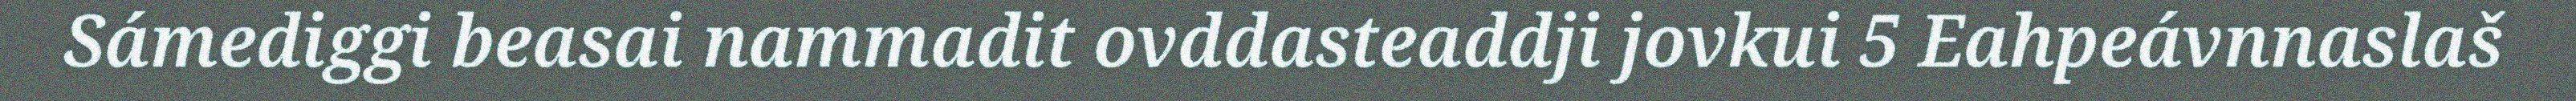
Sámediggi beasai nammadit ovddasteaddji jovkui 5 Eahpeávnnaslaš